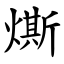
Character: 燍